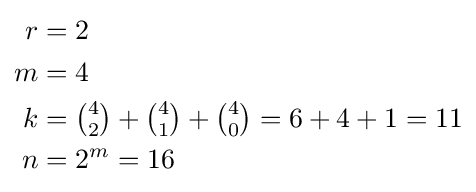
{\textstyle {\begin{aligned}r&=2\\m&=4\\k&=\textstyle {\binom {4}{2}}+{\binom {4}{1}}+{\binom {4}{0}}=6+4+1=11\\n&=2^{m}=16\\\end{aligned}}}